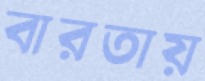
বারতায়